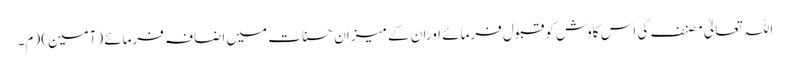
اللہ تعالیٰ مصنف کی اس کاوش کوقبول فرمائے اوران کے میزانِ حسنات میں اضافہ فرمائے (آمین) (م۔